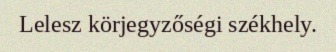
Lelesz körjegyzőségi székhely.